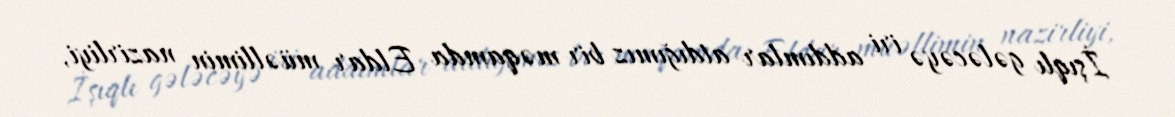
İşıqlı gələcəyə iri addımlar atdığımız bir məqamda Eldar müəllimin nazirliyi,